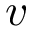
v